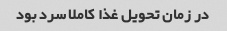
در زمان تحویل غذا کاملا سرد بود